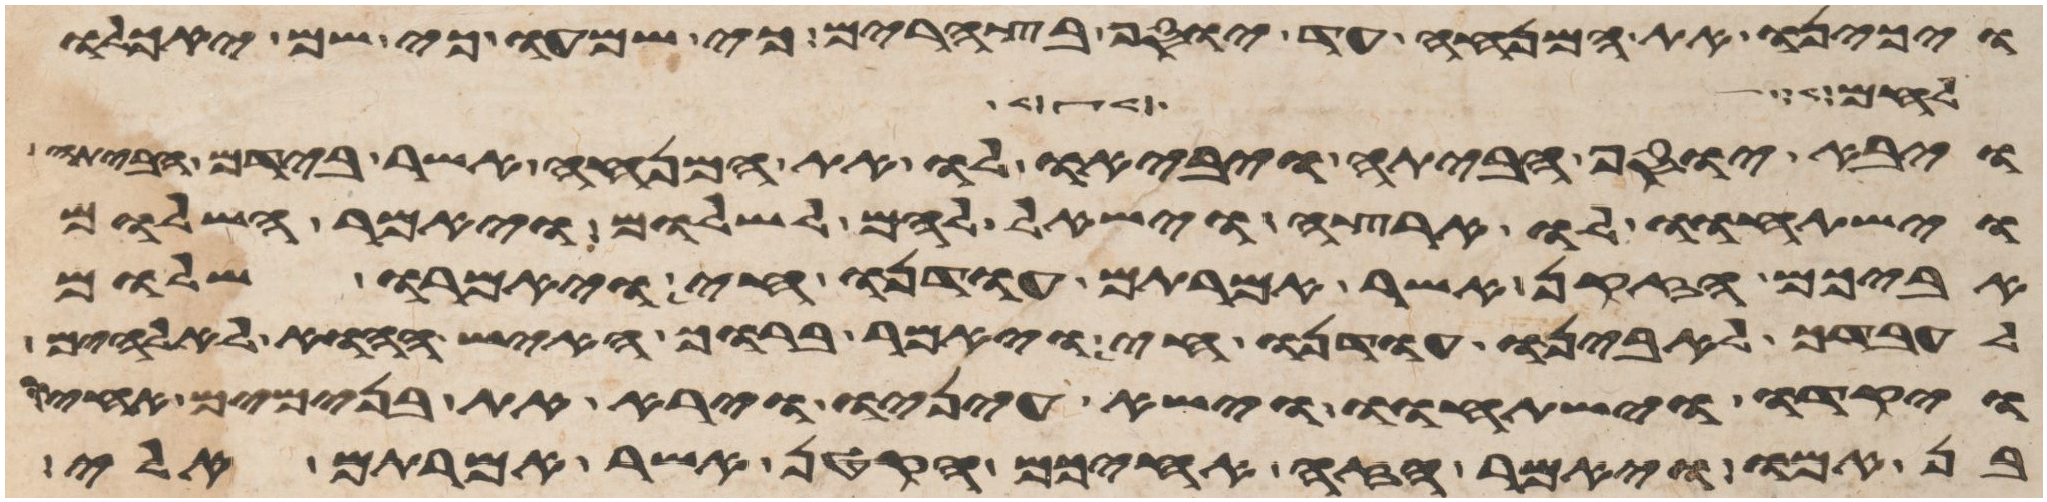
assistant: ויכינו את המנחה עד בא יוסף בצהרים כי שמעו כי שם יאכלו
לחם לשבע
ויבא יוסף הביתה ויביאו לו את המנחה אשר בידם הביתה
וישתחוו לו ארצה וישאל להם לשלום ויאמר השלום
אביכם הזקן אשר אמרתם עודנו חי ויאמרו שלום
לעבדך לאבינו עודנו חי ויאמר ברוך האיש ההוא לאלהים
ויקדו וישתחוו וישא עיניו וירא את בנימים אחיו
בן אמו ויאמר הזה אחיכם הקטן אשר אמרתם אלי